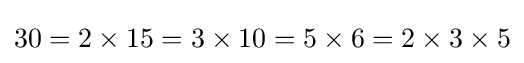
30=2\times 15=3\times 10=5\times 6=2\times 3\times 5